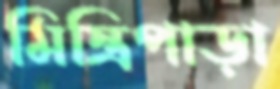
মিস্ত্রিপাড়া